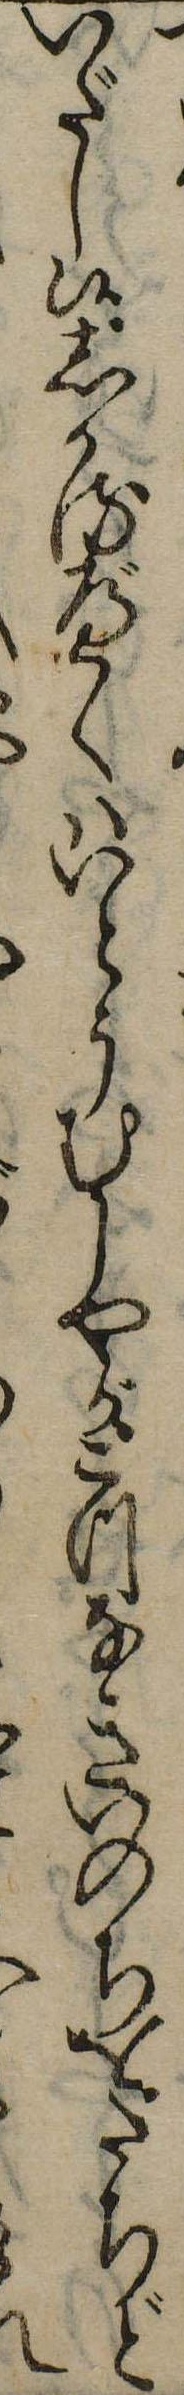
いだし候しかるべくはいとうむしやが二つなきいのちをたちどれ